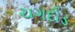
ચગદોડ